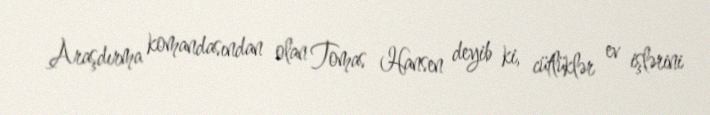
Araşdırma komandasından olan Tomas Hansen deyib ki, cütlüklər ev işlərini